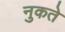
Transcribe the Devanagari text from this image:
नुकते